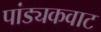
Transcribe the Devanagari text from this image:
पांड्यकवाट